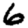
Digit: 6